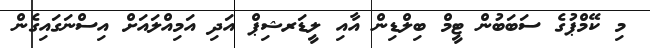
މި ކޭމްޕުގެ ސަބަބުން ޓީމް ބިލްޑިން އާއި ލީޑަރޝިޕް އަދި އަމިއްލައަށް އިސްނަގައިގެން